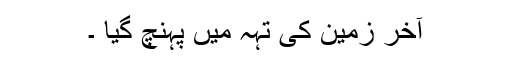
آخر زمین کی تہہ میں پہنچ گیا ۔